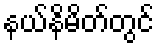
နယ်နိမိတ်တွင်